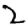
Digit: 2